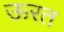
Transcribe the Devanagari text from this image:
ऊरत